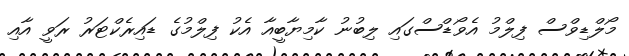
މޯލްޑިވްސް ފިލްމު އެވޯޑްސްގައި ލިބުނު ކާމިޔާބީއާ އެކު ފިލްމުގެ ޑައިރެކްޓަރު ރަވީ އާއި